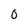
Character: 0